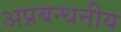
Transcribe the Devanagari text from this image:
अप्रबन्धनीय